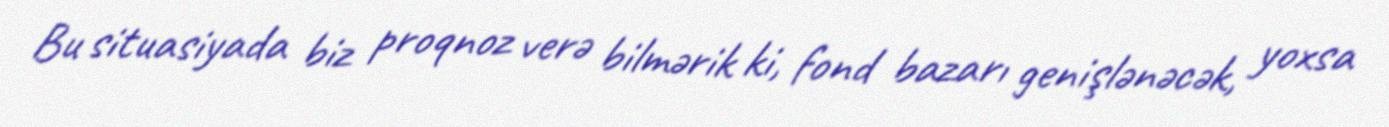
Bu situasiyada biz proqnoz verə bilmərik ki, fond bazarı genişlənəcək, yoxsa